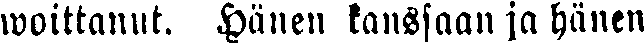
woittanut. Hänen tanssaan ja hänen